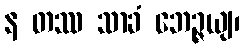
န တဿ သာခံ ဘေဉ္ဇယျ၊